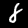
Label: 8